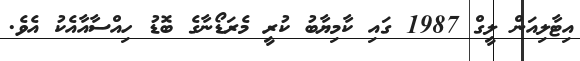
އިޓާލިއަން ލީގް 1987 ގައި ކާމިޔާބު ކުރީ މެރަޑޯނާގެ ބޮޑު ހިއްސާއާއެކު އެވެ.